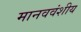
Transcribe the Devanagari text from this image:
मानववंशीय